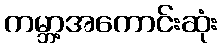
ကမ္ဘာ့အကောင်းဆုံး